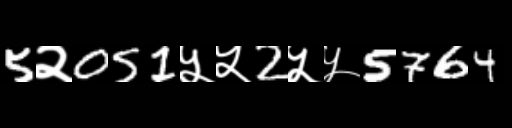
Text: 5२051५५2५५5764